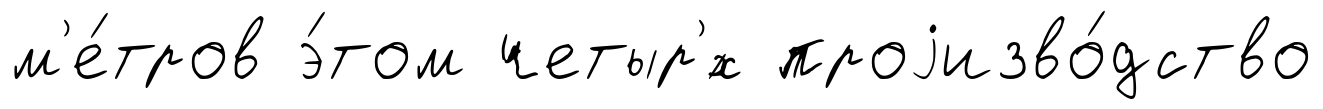
м'е́тров э́том четыр'́х проjизво́дство